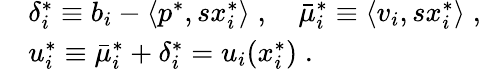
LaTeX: \begin{array}{rl}&{{\delta_{i}^{*}}\equiv b_{i}-{\langle}p^{*},s{x_{i}^{*}}{\rangle}\; ,\quad{\bar{\mu}_{i}^{*}}\equiv{\langle}v_{i},s{x_{i}^{*}}{\rangle}\; ,}\\ &{{u_{i}^{*}}\equiv{\bar{\mu}_{i}^{*}}+{\delta_{i}^{*}}=u_{i}({x_{i}^{*}})\; .}\end{array}